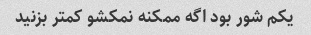
یکم شور بود اگه ممکنه نمکشو کمتر بزنید